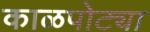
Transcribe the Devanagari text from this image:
काळपोट्या